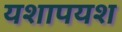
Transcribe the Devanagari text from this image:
यशापयश